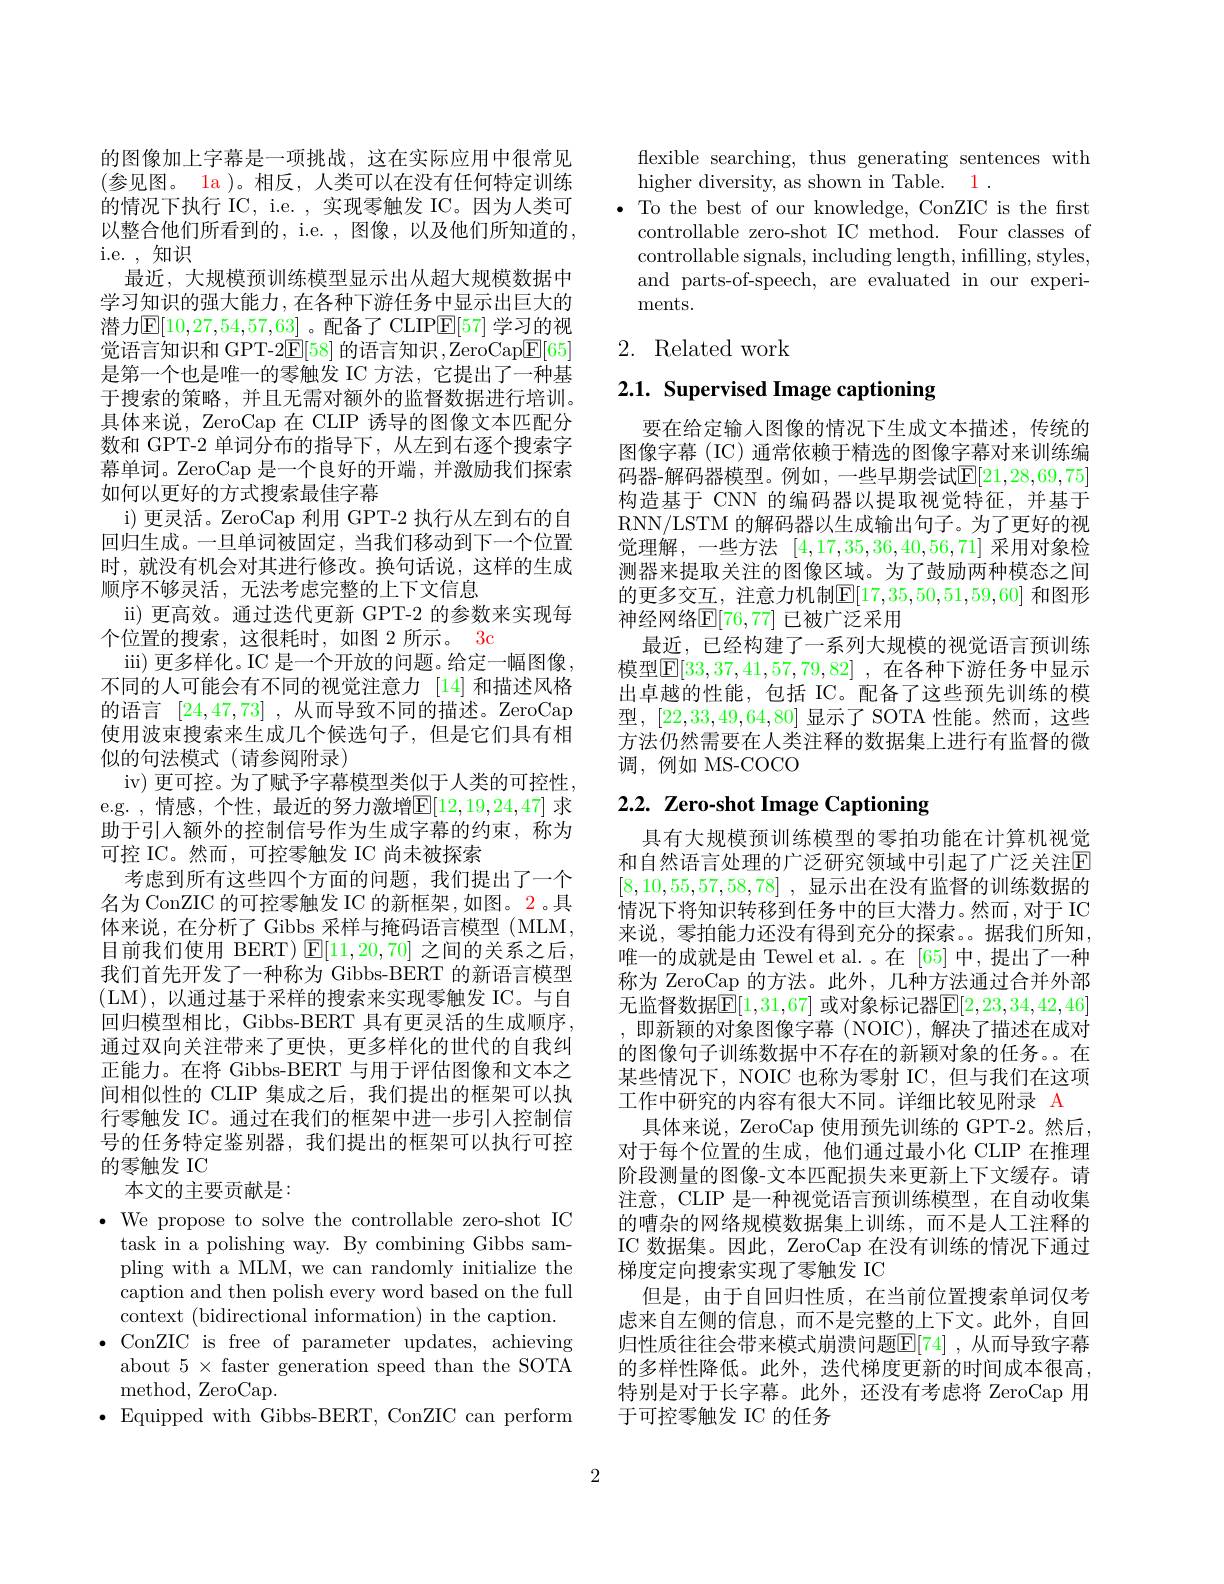
的图像加上字幕是一项挑战，这在实际应用中很常见(参见图。la )。相反，人类可以在没有任何特定训练的情况下执行 IC, i.e. , 实现零触发 IC。因为人类可以整合他们所看到的，i.e. , 图像，以及他们所知道的i.e. ,知识
最近，大规模预训练模型显示出从超大规模数据中学习知识的强大能力，在各种下游任务中显示出巨大的潜力$\mathbb{E}[10,27,54,57,63]$。配备了 CLIP$\mathbb{E}[57]$ 学习的视觉语言知识和 GPT-2E[58]的语言知识，ZeroCap$\underline{\mathrm{E}}[65]$ 是第一个也是唯一的零触发 IC 方法，它提出了一种基于搜索的策略，并且无需对额外的监督数据进行培训。具体来说，ZeroCap 在 CLIP 诱导的图像文本匹配分数和 GPT-2 单词分布的指导下，从左到右逐个搜索字幕单词。ZeroCap 是一个良好的开端 ,并激励我们探索如何以更好的方式搜索最佳字幕
i)更灵活。ZeroCap 利用 GPT-2 执行从左到右的自回归生成。一旦单词被固定，当我们移动到下一个位置时，就没有机会对其进行修改。换句话说，这样的生成顺序不够灵活，无法考虑完整的上下文信息
ii) 更高效。通过迭代更新 GPT-2 的参数来实现每
个位置的搜索，这很耗时，如图 2 所示。3c
iii)更多样化。IC 是一个开放的问题。给定一幅图像， 不同的人可能会有不同的视觉注意力 [14]和描述风格的语言[24,47,73] ,从而导致不同的描述。ZeroCap 使用波束搜索来生成几个候选句子，但是它们具有相似的句法模式(请参阅附录)
iv) 更可控。为了赋予字幕模型类似于人类的可控性， e.g. , 情感，个性，最近的努力激增$\mathbb{E}[12,19,24,47]$ 求助于引人额外的控制信号作为生成字幕的约束，称为可控 IC。然而，可控零触发 IC 尚未被探索
考虑到所有这些四个方面的问题，我们提出了一个名为 ConZIC 的可控零触发 IC 的新框架，如图。2。具体来说，在分析了 Gibbs 采样与掩码语言模型 (MLM, 目前我们使用 BERT) $\operatorname{E}[11,20,70]$之间的关系之后， 我们首先开发了一种称为 Gibbs-BERT 的新语言模型(LM),以通过基于采样的搜索来实现零触发 IC。与自回归模型相比，Gibbs-BERT 具有更灵活的生成顺序， 通过双向关注带来了更快，更多样化的世代的自我纠正能力。在将 Gibbs-BERT 与用于评估图像和文本之间相似性的 CLIP 集成之后，我们提出的框架可以执行零触发 IC。通过在我们的框架中进一步引入控制信号的任务特定鉴别器，我们提出的框架可以执行可控的零触发 IC
本文的主要贡献是：
$\bullet$ We propose to solve the controllable zero-shot IC
task in a polishing way. By combining Gibbs sampling with a MLM, we can randomly initialize the caption and then polish every word based on the full context (bidirectional information) in the caption.
$\bullet$ ConZIC is free of parameter updates, achieving
about $5\times$ faster generation speed than the SOTA
${\mathrm{method,~ZeroCap.}}$
$\bullet$Equipped with Gibbs-BERT, ConZIC can perform

flexible searching, thus generating sentences with
higher diversity, as shown in Table. 1 .
$\bullet$ To the best of our knowledge, ConZIC is the first
controllable zero-shot IC method. Four classes of controllable signals, including length, infilling, styles, and parts-of-speech, are evaluated in our experiments.

## 2. Related work

# 2.1. Supervised Image captioning

要在给定输入图像的情况下生成文本描述，传统的图像字幕 (IC) 通常依赖于精选的图像字幕对来训练编码器-解码器模型。例如，一些早期尝试$\mathbb{E}[21,28,69,75]$ 构造基于 CNN 的编码器以提取视觉特征，并基于RNN/LSTM 的解码器以生成输出句子。为了更好的视觉理解，一些方法 [4,17,35,36,40,56,71] 采用对象检测器来提取关注的图像区域。为了鼓励两种模态之间的更多交互，注意力机制$\overline{\mathbb{E}}[17,35,50,51,59,60]$ 和图形神经网络$\mathbb{E}[76,77]$ 已被广泛采用
最近，已经构建了一系列大规模的视觉语言预训练模型$\mathbb{E}[33,37,41,57,79,82]$ ,在各种下游任务中显示出卓越的性能，包括 IC。配备了这些预先训练的模型，[22,33,49,64,80]显示了 SOTA 性能。然而，这些方法仍然需要在人类注释的数据集上进行有监督的微调，例如 MS-COCO

# 2.2. Zero-shot Image Captioning

具有大规模预训练模型的零拍功能在计算机视觉和自然语言处理的广泛研究领域中引起了广泛关注$\mathbb{E}$ [8,10,55,57,58,78] ,显示出在没有监督的训练数据的情况下将知识转移到任务中的巨大潜力。然而，对于 IC 来说，零拍能力还没有得到充分的探索。据我们所知， 唯一的成就是由 Tewel et al. 。在 [65] 中，提出了一种称为 ZeroCap 的方法。此外，几种方法通过合并外部无监督数据[1,31,67] 或对象标记器$\mathbb{E}[2,23,34,42,46]$ ,即新颖的对象图像字幕 (NOIC),解决了描述在成对的图像句子训练数据中不存在的新颖对象的任务。在某些情况下，NOIC 也称为零射 IC, 但与我们在这项工作中研究的内容有很大不同。详细比较见附录 A
具体来说，ZeroCap 使用预先训练的 GPT-2。然后， 对于每个位置的生成，他们通过最小化 CLIP 在推理阶段测量的图像-文本匹配损失来更新上下文缓存。请注意，CLIP 是一种视觉语言预训练模型，在自动收集的嘈杂的网络规模数据集上训练，而不是人工注释的IC 数据集。因此，ZeroCap 在没有训练的情况下通过梯度定向搜索实现了零触发 IC
但是，由于自回归性质，在当前位置搜索单词仅考虑来自左侧的信息，而不是完整的上下文。此外，自回归性质往往会带来模式崩溃问题$\boxed{\mathrm{E}[74]}$, 从而导致字幕的多样性降低。此外，迭代梯度更新的时间成本很高， 特别是对于长字幕。此外，还没有考虑将 ZeroCap 用于可控零触发 IC 的任务

2